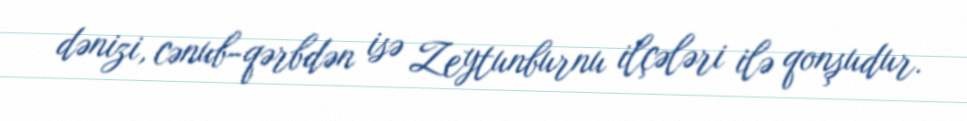
dənizi, cənub-qərbdən isə Zeytunburnu ilçələri ilə qonşudur.